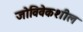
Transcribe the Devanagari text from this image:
जोविवेकशील